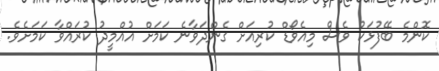
ކޮންމެ ބޭފުޅަކު ވެސް މިއެވޯޑް ކުރިއަށް ގެންދަވާނެ ކަމަށް އުއްމީދު ކުރައްވާ ކަމަށެވެ.